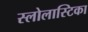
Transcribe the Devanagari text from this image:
स्लोलास्टिका